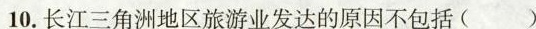
10.长江三角洲地区旅游业发达的原因不包括( )